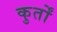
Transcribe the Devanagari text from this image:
कुर्तों